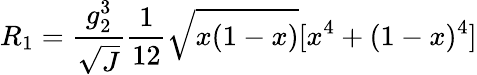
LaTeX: R_{1}=\frac{g_{2}^{3}}{\sqrt{J}}\frac{1}{12}\sqrt{x(1-x)}[x^{4}+(1-x)^{4}]